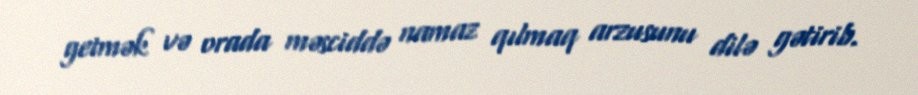
getmək və orada məsciddə namaz qılmaq arzusunu dilə gətirib.